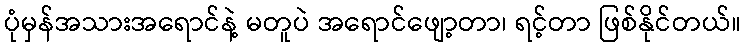
ပုံမှန်အသားအရောင်နဲ့ မတူပဲ အရောင်ဖျော့တာ၊ ရင့်တာ ဖြစ်နိုင်တယ်။